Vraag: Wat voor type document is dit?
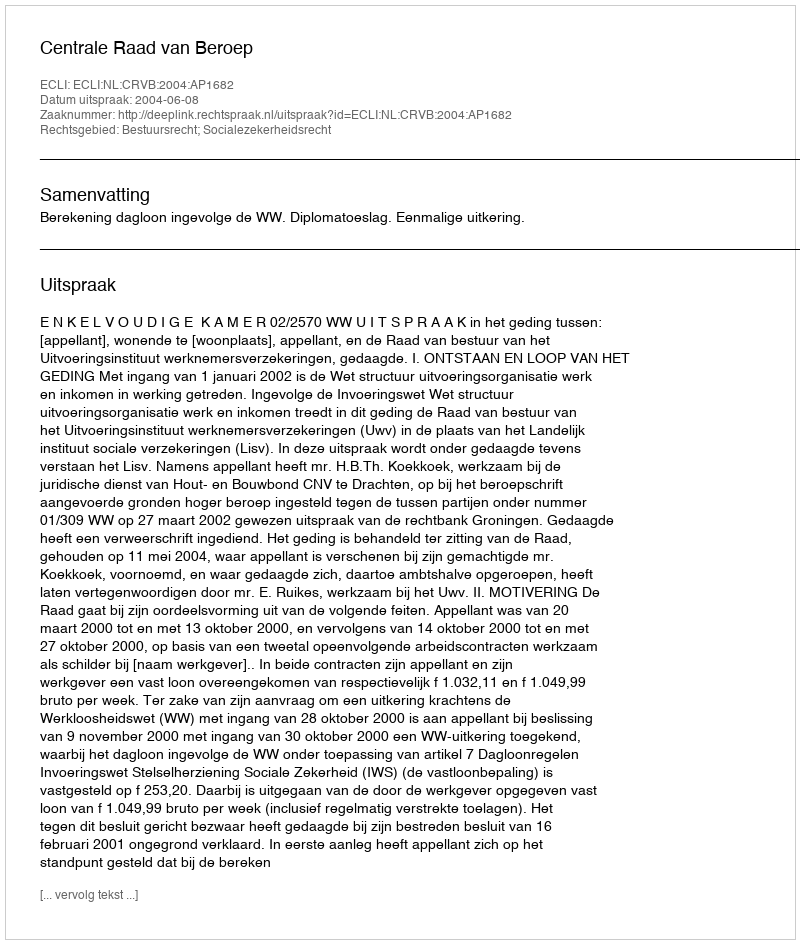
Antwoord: Uitspraak